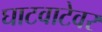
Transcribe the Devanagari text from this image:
घाटवाटेवर